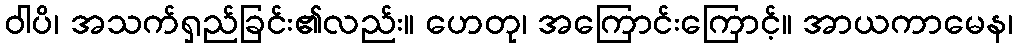
ဝါပိ၊ အသက်ရှည်ခြင်း၏လည်း။ ဟေတု၊ အကြောင်းကြောင့်။ အာယကာမေန၊